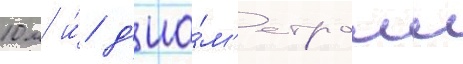
10 м и́ д'иа́м'етром